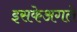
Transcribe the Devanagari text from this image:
इसकेअगले